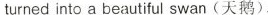
turned into a beautiful swan (天鹅).